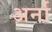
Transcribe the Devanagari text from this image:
अर्ना